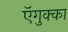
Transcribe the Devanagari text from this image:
ऍगुक्का